Lunatic asylums Madras 1877-1891 - 1877-1891
Year: 1877
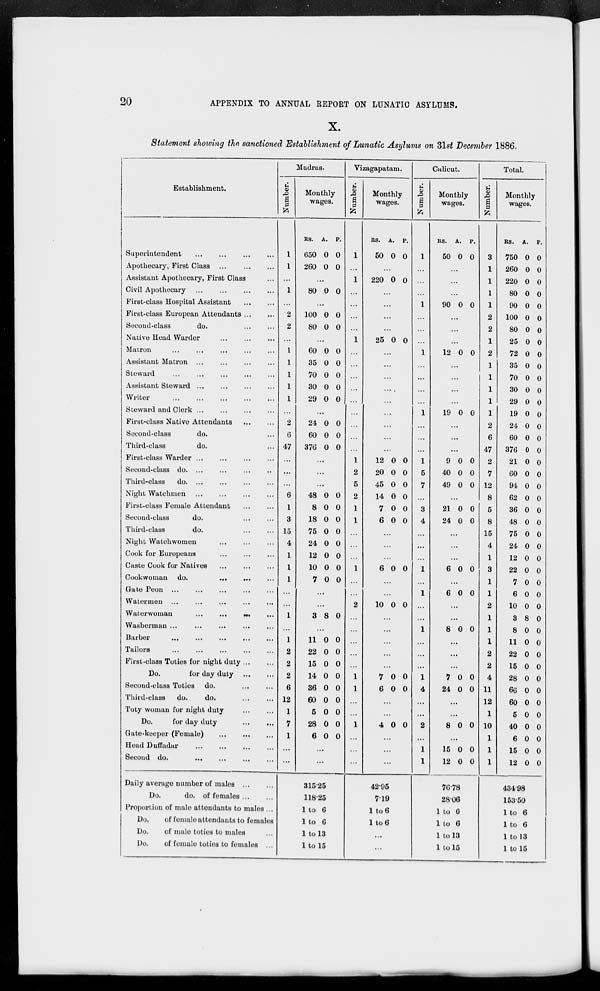
20
APPENDIX TO ANNUAL REPORT ON LUNATIC ASYLUMS.
X.
Statement showing the sanctioned Establishment of Lunatic Asylums on 31st December 1886.
Establishment.
Superintendent
...
...
...
...
Apothecary, First Class
...
...
...
Assistant Apothecary, First Class ...
Civil Apothecary
...
...
...
...
First-class Hospital Assistant
...
...
First-class European Attendants ... ...
Second-class
do.
...
...
Native Head Warder
...
...
...
Matron
...
...
...
...
...
Assistant Matron
...
...
...
...
Steward
...
...
...
...
Assistant Steward
...
...
...
...
Writer
...
...
...
...
...
Steward and Clerk
...
...
...
...
First-class Native
Attendants...
...
Second-class
do. ...
Third-class
do. ...
First-class Warder
...
...
...
...
Second-class do
...
...
...
...
Third-class
do
...
...
...
...
Night Watchmen
...
...
...
...
First-class Female Attendant
...
...
Second-class
do. ... ...
Third-class
do.
...
...
Night Watchwomen ... ... ...
Cook for Europeans ... ... ...
Caste Cook for Natives ... ... ...
Cookwoman do. ... ... ...
Gate Peon ... ... ... ... ...
Watermen
...
...
...
...
...
Waterwoman
...
...
...
...
...
Washerman
...
...
...
...
...
Barber
...
...
...
...
...
Tailors
...
...
...
...
...
First-class Toties for night duty ... ...
Do.
for day duty
...
...
Second-class Toties do.
...
...
Third-class
do.
do.
...
...
Toty woman for night duty
...
...
Do.
for day duty
...
...
Gate-keeper (Female)
...
...
...
Head Duffadar
...
...
...
...
Second do.
...
...
...
...
Daily average number of males
...
...
Do.
do. of females ... ...
Proportion of male attendants to males ...
Do.
of female attendants to females
Do.
of male toties to males ...
Do.
of female toties to females ...
Madras.
Number.
1
1
...
1
...
2
2
...
1
1
1
1
1
...
2
6
47
...
...
...
6
1
3
15
4
1
1
1
...
...
1
...
1
2
2
2
6
12
1
7
1
...
...
Monthly
wages.
RS.
650
260
A.
0
0
P.
0
0
...
80 0 0
...
100
80
0
0
0
0
...
60
35
70
30
29
0
0
0
0
0
0
0
0
0
0
...
24
60
376
0
0
0
0
0
0
...
...
...
48
8
18
75
24
12
10
7
0
0
0
0
0
0
0
0
0
0
0
0
0
0
0
0
...
...
3 8 0
...
11
22
15
14
36
60
5
28
6
0
0
0
0
0
0
0
0
0
0
0
0
0
0
0
0
0
0
...
...
315.25
118.25
1 to 6
1 to 6
1 to 13
1 to 15
Vizagapatam.
Number.
1
...
1
...
...
...
...
1
...
...
...
...
...
...
...
...
...
1
2
5
2
1
1
...
...
...
1
...
...
2
...
...
...
...
...
1
1
...
...
1
...
...
...
Monthly
wages.
RS.
50
A.
0
P.
0
...
220 0 0
...
...
...
...
25 0 0
...
...
...
...
...
...
...
...
...
12
20
45
14
7
6
0
0
0
0
0
0
0
0
0
0
0
0
...
...
...
6 0 0
...
...
10 0 0
...
...
...
...
...
7
6
0
0
0
0
...
...
4 0 0
...
...
...
42.95
7.19
1 to 6
1 to 6
...
...
Calicut.
Number.
1
...
...
...
1
...
...
...
1
...
...
...
...
1
...
...
...
1
5
7
...
3
4
...
...
...
1
...
1
...
...
1
...
...
...
1
4
...
...
2
...
1
1
Monthly
wages.
RS.
50
A.
0
P.
0
...
...
...
90 0 0
...
...
...
12 0 0
...
...
...
...
19 0 0
...
...
...
9
40
49
0
0
0
0
0
0
...
21
24
0
0
0
0
...
...
...
6 0 0
...
6 0 0
...
...
8 0 0
...
...
...
7
24
0
0
0
0
...
...
8 0 0
...
15
12
0
0
0
0
76.78
28.06
1 to 6
1 to 6
1 to 13
1 to 15
Total.
Number.
3
1
1
1
1
2
2
1
2
1
1
1
1
1
2
6
47
2
7
12
8
5
8
15
4
1
3
1
1
2
1
1
1
2
2
4
11
12
1
10
1
1
1
Monthly
wages.
RS.
750
260
220
80
90
100
80
25
72
35
70
30
29
19
24
60
376
21
60
94
62
36
48
75
24
12
22
7
6
10
3
8
11
22
15
28
66
60
5
40
6
15
12
A.
0
0
0
0
0
0
0
0
0
0
0
0
0
0
0
0
0
0
0
0
0
0
0
0
0
0
0
0
0
0
8
0
0
0
0
0
0
0
0
0
0
0
0
P.
0
0
0
0
0
0
0
0
0
0
0
0
0
0
0
0
0
0
0
0
0
0
0
0
0
0
0
0
0
0
0
0
0
0
0
0
0
0
0
0
0
0
0
434.98
153.50
1 to 6
1 to 6
1 to 13
1 to 15